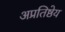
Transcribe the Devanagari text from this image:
अप्रतिष्ठेय